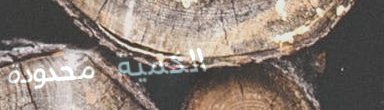
الكمية محدودة